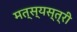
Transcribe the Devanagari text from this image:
मत्स्यस्त्री